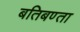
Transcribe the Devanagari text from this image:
बतिबण्ता